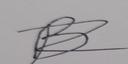
Signature authenticity: forged